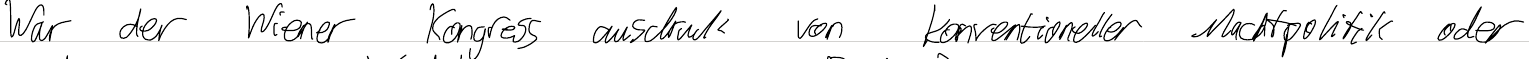
War der Wiener Kongress ausdruck von konventioneller Machtpolitik oder